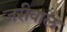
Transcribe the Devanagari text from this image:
जरीवाल